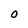
Character: O